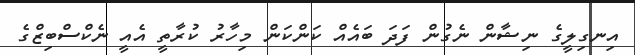
އިނގިލީގެ ނިޝާން ނެގުން ފަދަ ބައެއް ކަންކަން މިހާރު ކުރާތީ އެއީ ނެކްސްބިޒްގެ